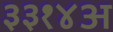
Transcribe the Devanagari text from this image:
३३१४अ